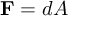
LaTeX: \mathbf { F } = d A